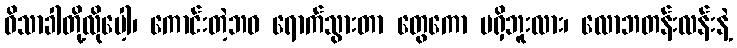
ဝိသာခါတို့လိုပေါ့၊ ကောင်းတဲ့ဘဝ ရောက်သွားတာ တွေကော မရှိဘူးလား၊ လောဘတန်းလန်းနဲ့